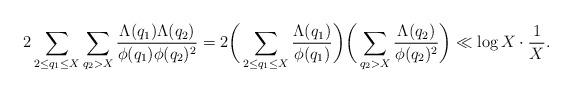
LaTeX: \begin{align*}2 \sum_{2 \leq q_1 \leq X} \sum_{q_2 > X} \frac{\Lambda(q_1)\Lambda(q_2)}{\phi(q_1)\phi(q_2)^2} = 2 \bigg( \sum_{2 \leq q_1 \leq X} \frac{\Lambda(q_1)}{\phi(q_1)} \bigg) \bigg( \sum_{q_2 > X} \frac{\Lambda(q_2)}{\phi(q_2)^2} \bigg) \ll {\log X} \cdot \frac1{X}.\end{align*}